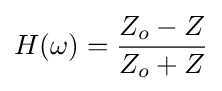
H(\omega )={\frac {Z_{o}-Z}{Z_{o}+Z}}